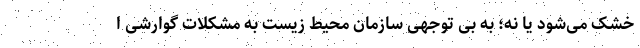
خشک می‌شود یا نه؛ به بی توجهی سازمان محیط زیست به مشکلات گوارشی ا